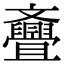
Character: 斖